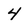
Character: 4